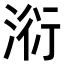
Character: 𣶹